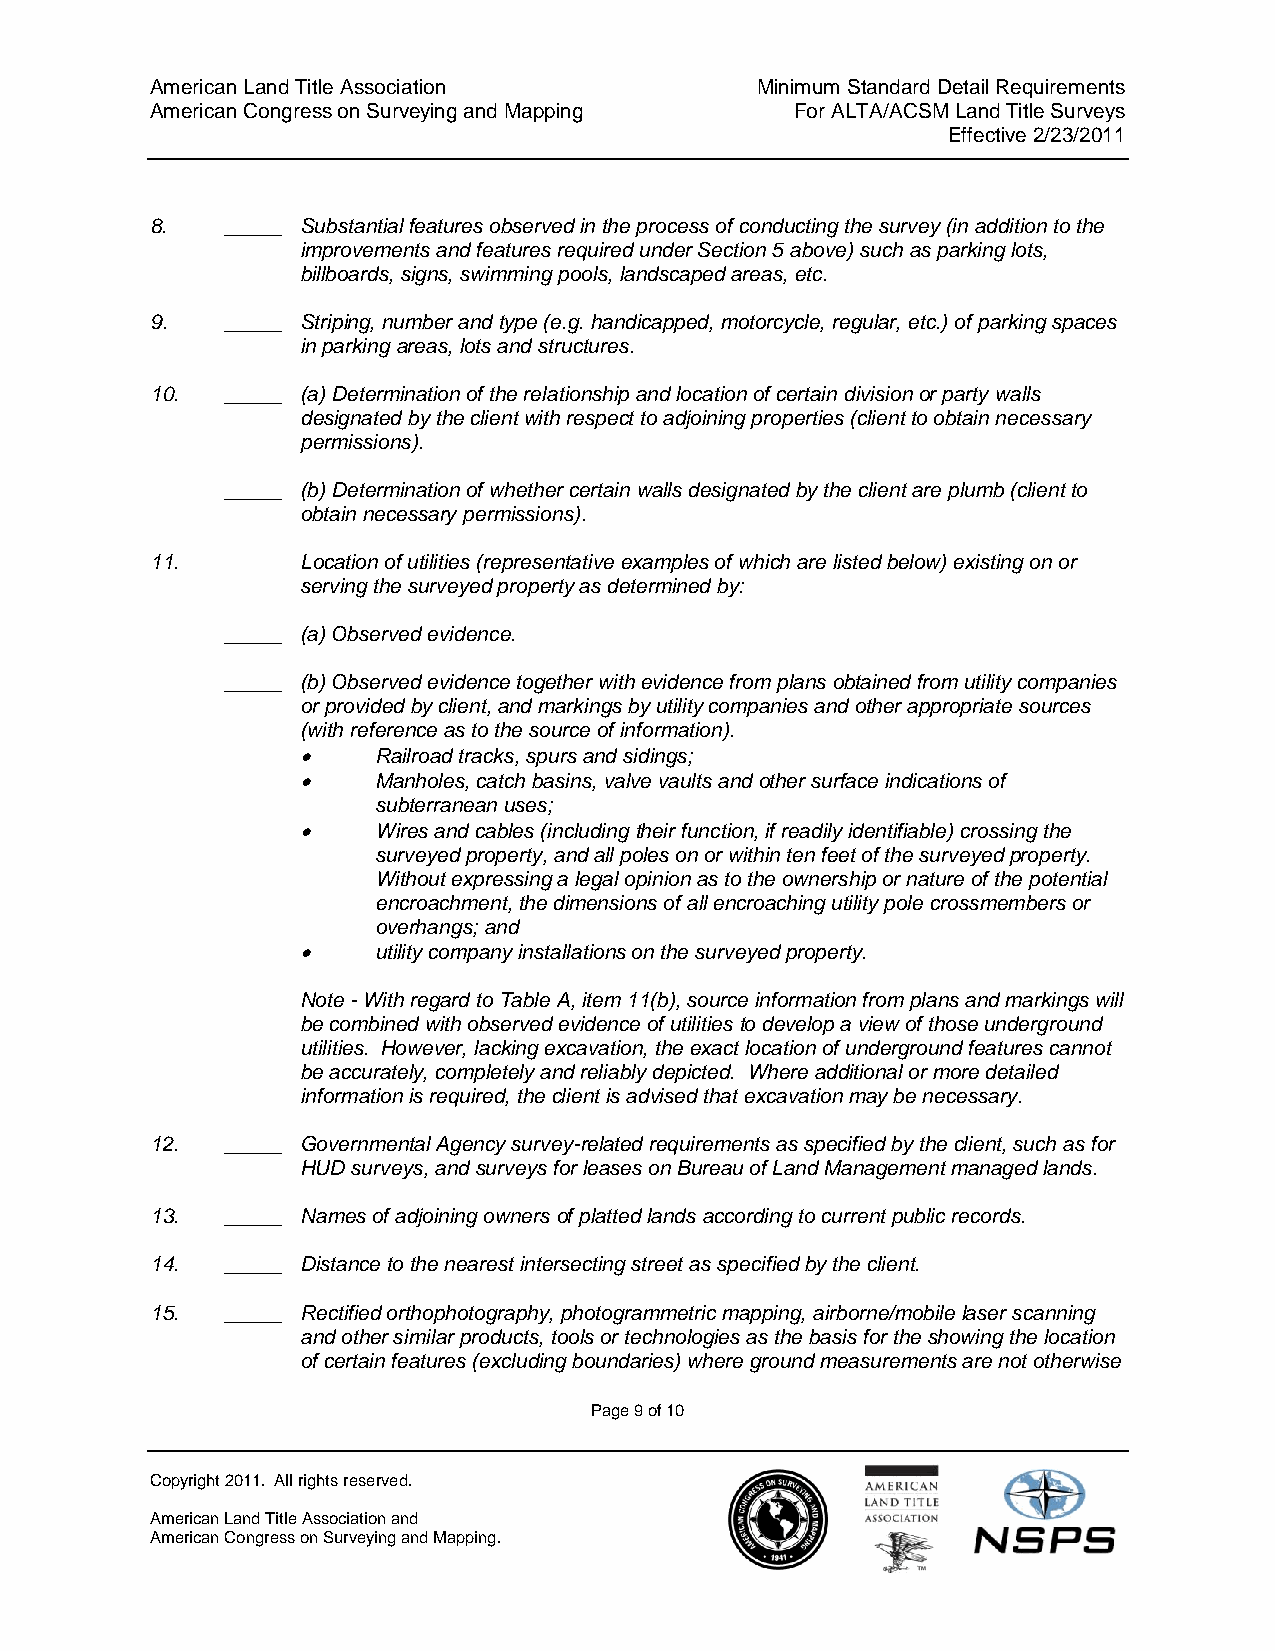
American Land Title Association         Minimum Standard Detail Requirements
 American Congress on Surveying and Mapping For ALTA/ACSM Land Title Surveys
 Effective 2/23/2011
 8.   _____ Substantial features observed in the process of conducting the survey (in addition to the
 improvements and features required under Section 5 above) such as parking lots,
 billboards, signs, swimming pools, landscaped areas, etc.
 9.   _____ Striping, number and type (e.g. handicapped, motorcycle, regular, etc.) of parking spaces
 in parking areas, lots and structures.
 10.  _____ (a) Determination of the relationship and location of certain division or party walls
 designated by the client with respect to adjoining properties (client to obtain necessary
 permissions).
 _____ (b) Determination of whether certain walls designated by the client are plumb (client to
 obtain necessary permissions).
 11.       Location of utilities (representative examples of which are listed below) existing on or
 serving the surveyed property as determined by:
 _____ (a) Observed evidence.
 _____ (b) Observed evidence together with evidence from plans obtained from utility companies
 or provided by client, and markings by utility companies and other appropriate sources
 (with reference as to the source of information).
     Railroad tracks, spurs and sidings;
     Manholes, catch basins, valve vaults and other surface indications of
 subterranean uses;
     Wires and cables (including their function, if readily identifiable) crossing the
 surveyed property, and all poles on or within ten feet of the surveyed property.
 Without expressing a legal opinion as to the ownership or nature of the potential
 encroachment, the dimensions of all encroaching utility pole crossmembers or
 overhangs; and
     utility company installations on the surveyed property.
 Note - With regard to Table A, item 11(b), source information from plans and markings will
 be combined with observed evidence of utilities to develop a view of those underground
 utilities. However, lacking excavation, the exact location of underground features cannot
 be accurately, completely and reliably depicted. Where additional or more detailed
 information is required, the client is advised that excavation may be necessary.
 12.  _____ Governmental Agency survey-related requirements as specified by the client, such as for
 HUD surveys, and surveys for leases on Bureau of Land Management managed lands.
 13.  _____ Names of adjoining owners of platted lands according to current public records.
 14.  _____ Distance to the nearest intersecting street as specified by the client.
 15.  _____ Rectified orthophotography, photogrammetric mapping, airborne/mobile laser scanning
 and other similar products, tools or technologies as the basis for the showing the location
 of certain features (excluding boundaries) where ground measurements are not otherwise
 Page 9 of 10
 Copyright 2011. All rights reserved.
 American Land Title Association and
 American Congress on Surveying and Mapping.